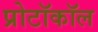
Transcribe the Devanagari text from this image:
प्रोटॉकॉल